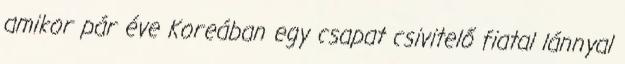
amikor pár éve Koreában egy csapat csivitelő fiatal lánnyal